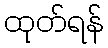
ထုတ်ရန်